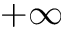
+ \infty